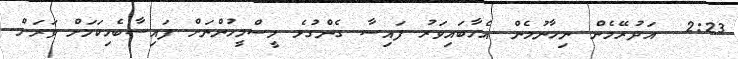
2:23  އަދުރޭމެން ނިހާނުމެން އެހާބައިވަރު ފައިސާ ގެންގުޅެ މީސްމީހުންނަށް ފައިސާބެހިކަމަށް ވަރަށް